Senior Leaving Certificate Examination (including Day School Certificate (Higher) General paper), 1948
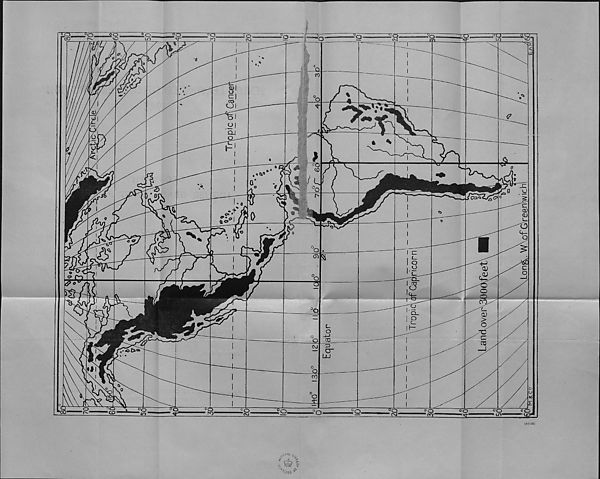
IO
?o
}T a
o
70
20
o
o
o
o
oo
LO
cvt
V-
cn
Wl
Q
to
0)1
u
%
c
o
:
co
o
'y.
<D
e
T
o
o
QJ
7
u
o
%
4-J
r”
;
<
o>
o
CD
/U
i
i
O
I
o
(Cs
r*
<7
<>3
m
c
CD
&
0
(
0)
T
o
4-
o
■
cr
<a
o
5s
(31
L_
o
HH
?
O
OJ
c
o
o
QJ
L_
c?
<4^
O
?5
c5
o
4—
O
o
CO
o
L_
o
Q_
CD
O
>
O
L.
I
O
\
c
o CO
2P
Co
Z3
CO
•©£»«»
cr
UJ
41
Q
00
a
£
3 o
o
°o
°o
o
°o
°o
o
o
c o
• CO"
?o
oo
“OO
CO
r-
r'O
5t
tn
CM
OQ
LD
3:
^ rK t
>
X°
-oos ^
(84160)